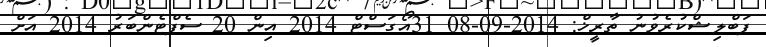
ޕަބްލިޝްކުރެވުނު ތާރީޚް: 2014-09-08 31އޯގަސްޓް 2014 އިން 20 ސެޕްޓެންބަރު 2014 އަށް